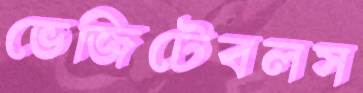
ভেজিটেবলস